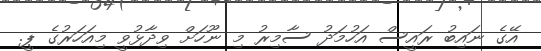
އޭގެ ނައިބު ރައީސް އަހުމަދު ސާމިރު މި ނޫހަށް ވިދާޅުވީ މިއަހަރުގެ ޕީ.